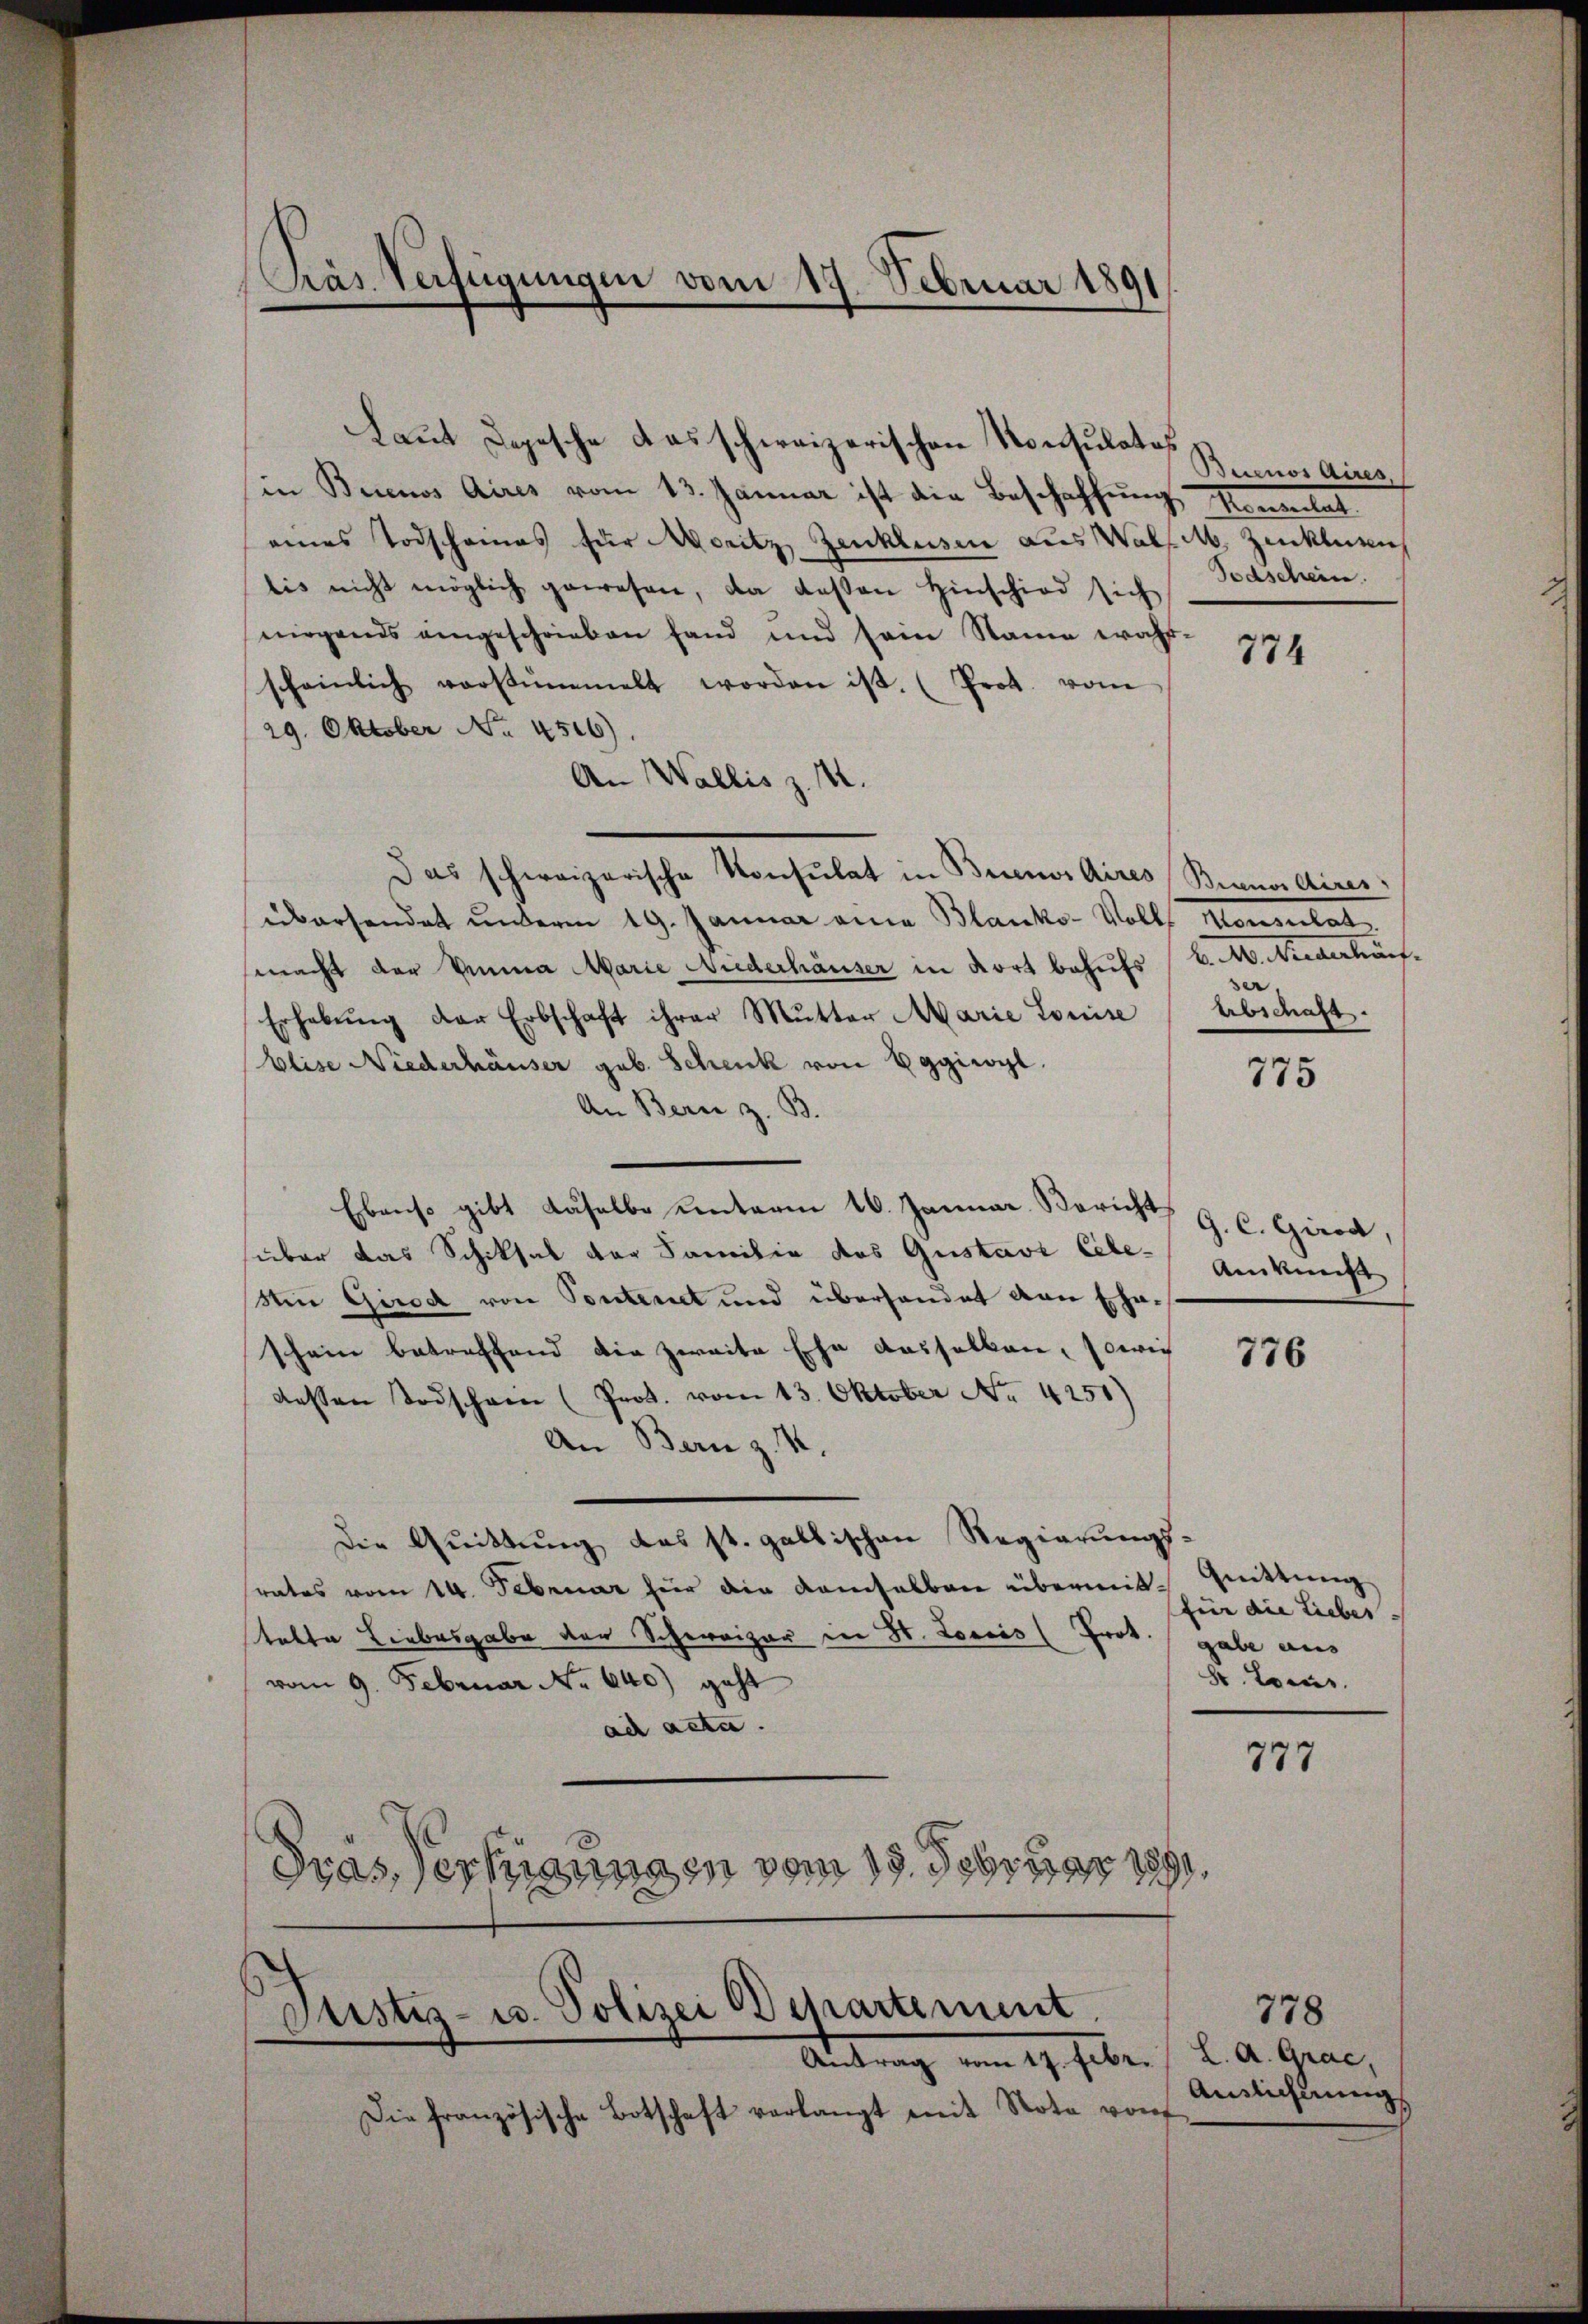
Präs. Verfügungen vom 19. Februar 1891

Laut Depesche das schweizerischen Konsulates
in Brinos Aires vom 13. Januar ist die Beschaffung Korrelat
eines Todschames für Moritz Zenklusen aus Wall. Zenklürlich
lis nicht möglich gewesen, da deßen Hinschied sich
nirgends eingeschrieben fand und sein Name wahr-
scheinlich verstümmelt worden ist. (Prot. vom
29. Oktober No. 4516).
An Wallis z. 11.
Das schweizerische Konsulat in Brunos Aires Bennalires
übersendet unterm 19. Januar eine Blanko-Volks Konsulat
macht der Venna Marie Niederhäuser in dort behufs (C. A. Niederhaf¬
Erhebŭng der Erbschaft ihrer Mŭtter Marie Louise
Elise Niederhäuser geb. Schenk von Eggiwyl.
An Bern z. B.
Ebenso gibt daselbe unterm 16. Januar Bericht 9. C. Girod,
süber das Schiksal der Familie des Gustavi Ctr. Ankunft
Ain Girod von Pontenet und überhandet von Eheschein betreffend die zweite Ehe dasselben, sowie
dessen Todschain (Prod. vom 13. Oktober No. 4251)
An Bern z. R.
Die Quittung des st. gallischen Regierungssrates vom 14. Februar hier die demselben übermit- Quittung
stalte Liebesgabe der Schweizer in St. Loreis (Prok. gabe aus
vom 9. Februar No. 640) geht
ad acta.
890.
dras, Verkannten vom 19. Februar 189

Justiz- u. Polizei Departement.

Antrag vom 27. Febr. /. K. A. Grae,
Die französische Botschaft verlangt mit Note von

Buenos Aires
Todschein.

774

se
Abschaft.

775

776

für die Liebes
8. Lois.

777

778
Ainlichtung